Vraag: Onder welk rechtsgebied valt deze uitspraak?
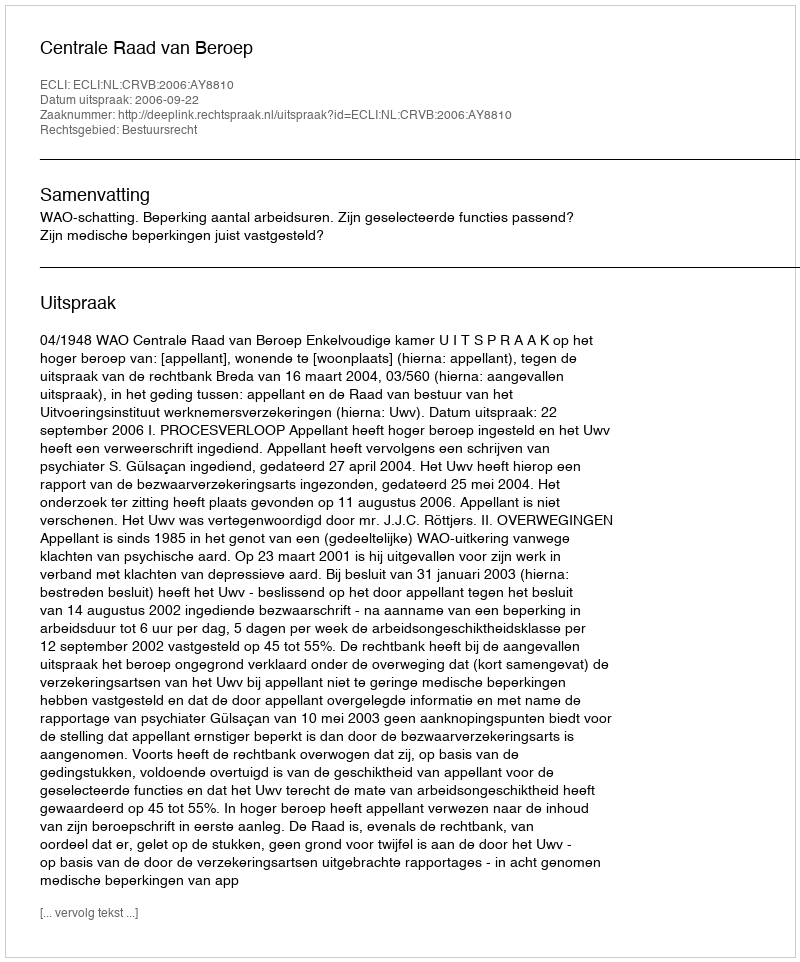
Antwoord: Bestuursrecht